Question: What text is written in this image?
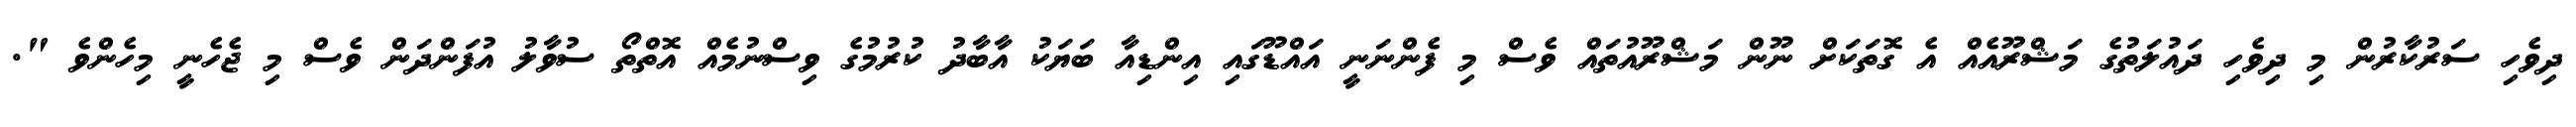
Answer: ދިވެހި ސަރުކާރުން މި ދިވެހި ދައުލަތުގެ މަޝްރޫއެއް އެ ގޮތަކަށް ނޫން މަޝްރޫއުތައް ވެސް މި ފެންނަނީ އައްޑޫގައި އިންޑިއާ ބަޔަކު އާބާދު ކުރުމުގެ ވިސްނުމެއް އޮތްތޯ ސުވާލު އުފަންދަން ވެސް މި ޖެހެނީ މިހެންވެ ".